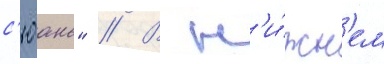
с'юань" // В н'и́жн'ем